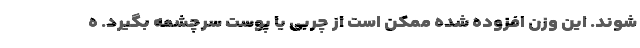
شوند. این وزن افزوده شده ممکن است از چربی یا پوست سرچشمه بگیرد. ه